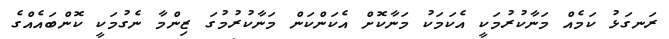
ރަނގަޅު ކަމެއް މަނާކުރުމަކީ އެކަމަކު މަނާކޮށް އެކަންކަން މަނާކުރުމުގަ ޒިންމާ ނެގުމަކީ ކޮންބައެއްގެ